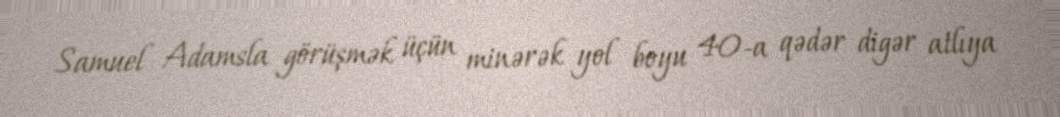
Samuel Adamsla görüşmək üçün minərək yol boyu 40-a qədər digər atlıya